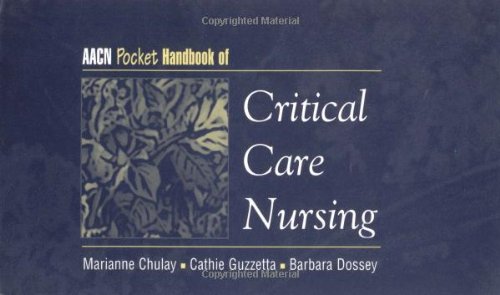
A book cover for AACN Pocket Handbook of Critical Care Nursing; Marianne Chulay; Medical Books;